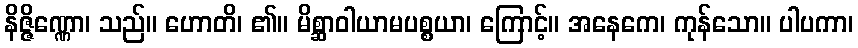
နိဇ္ဇိဏ္ဏော၊ သည်။ ဟောတိ၊ ၏။ မိစ္ဆာဝါယာမပစ္စယာ၊ ကြောင့်။ အနေကေ၊ ကုန်သော။ ပါပကာ၊